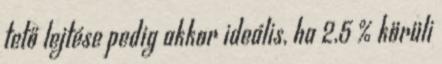
tető lejtése pedig akkor ideális, ha 2,5 % körüli